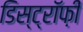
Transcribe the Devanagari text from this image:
डिस्ट्रॉफ़ी